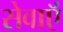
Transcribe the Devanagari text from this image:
सेवाऍं